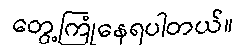
တွေ့ကြုံနေရပါတယ်။